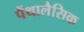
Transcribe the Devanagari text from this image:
पैंथालैसिक